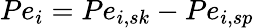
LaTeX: P{e_{i}}=P{e_{i,sk}}-P{e_{i,sp}}